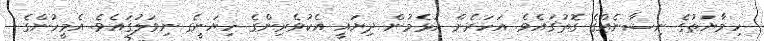
ހިމާޔަތުގެ ނިޝާނެއްގެ ގޮތުގައެވެ. އަހަރެން އުޅެމުން ދިޔައީ އެކުވެރިންގެ ހިޔަނީގެ ނިވަލުގައެވެ. އެމީހުންގެ